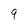
Character: 9